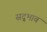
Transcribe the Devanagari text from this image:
सद्‍भाव